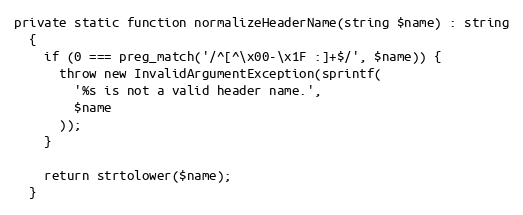
Language: PHP
private static function normalizeHeaderName(string $name) : string
  {
    if (0 === preg_match('/^[^\x00-\x1F :]+$/', $name)) {
      throw new InvalidArgumentException(sprintf(
        '%s is not a valid header name.',
        $name
      ));
    }

    return strtolower($name);
  }